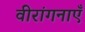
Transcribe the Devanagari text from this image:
वीरांगनाएँ